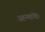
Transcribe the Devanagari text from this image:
अन्तंतः